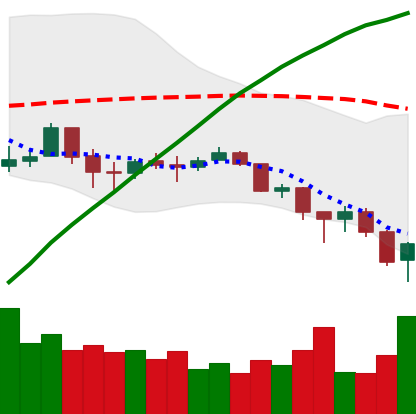
Ticker: BTC-USD
Chart end date: 2018-02-06
Forward return: 4.849%
Label: up_3_5